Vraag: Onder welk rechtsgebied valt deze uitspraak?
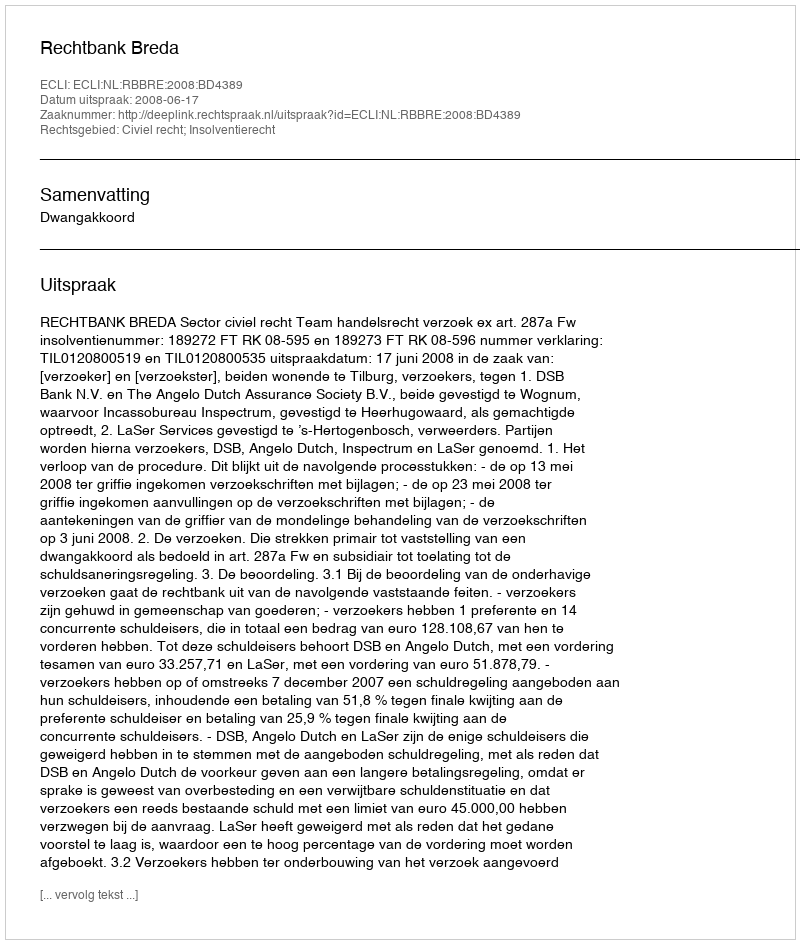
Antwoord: Civiel recht; Insolventierecht